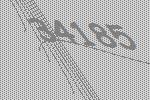
34185